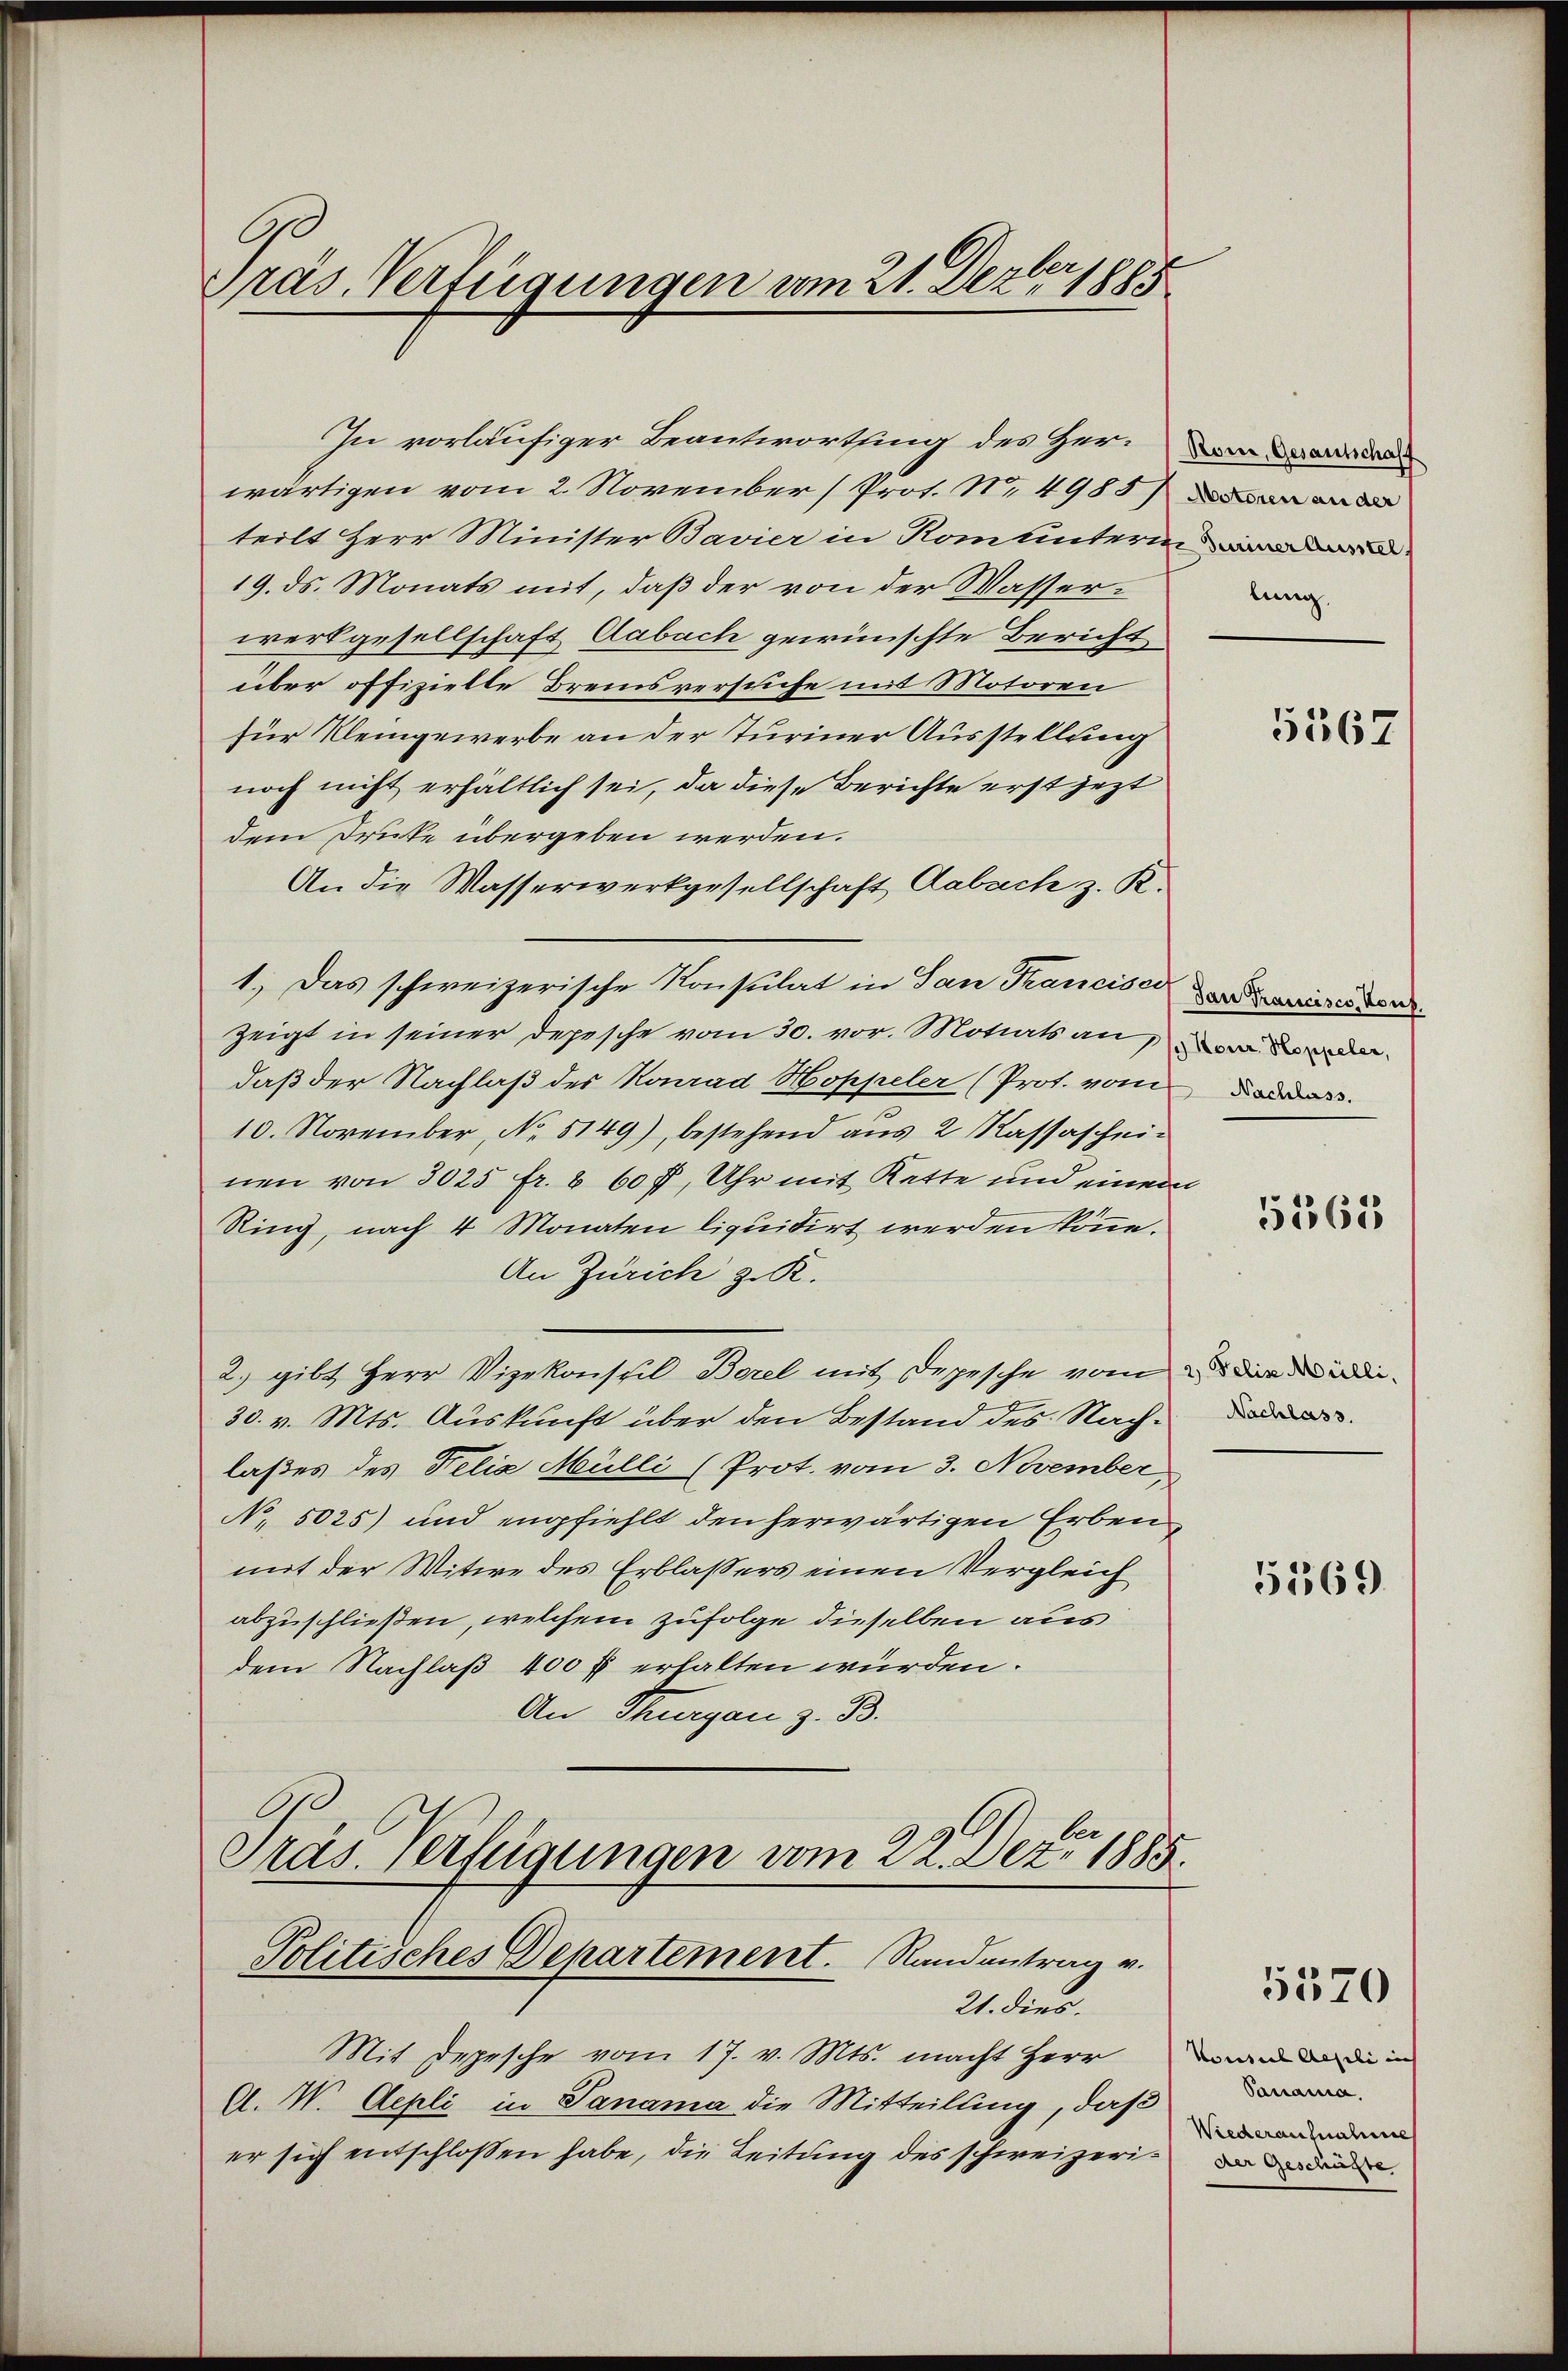
Präs. Verfügungen vom 21. Dezbr 1885

In vorläufiger Beantwortung des Herwärtigen vom 2. November (Prot. N. 4985)
teilt Herr Minister Bavier in Rom unterin
19. ds. Monats mit, daß der von der Wasserwerkgesellschaft Aabach gewünschte Bericht
über offizielte Bremsversuche mit Motoren
für Kleingewerbe an der Turiner Ausstellung
noch nicht erhältlich sei, da diese Berichte erst jetzt
dem Druke übergeben werden.
An die Wasserwerkgesellschaft Aabach z. R.
1.) Das schweizerische Konsulat in San Francise an die den
zeigt in seiner Depesche vom 30. vor. Motiats an, wiede
daß der Nachlaß des Konrad Hoppeler (Prot. vom Bauer
10. November, No. 5149), bestehend aus 2 Kassaschei-
nen von 3025 fr. 6 60 f, Uhr mit Katte und einen
Ring, nach 4 Monaten liquidirt werden könne.
An Zürich z. K.
2. gibt Herr Vizekonsul Borel mit Depesche vom
30. v. Mts. Auskunft über den Bestand des Nachlaßes des Felix Mülli (Prot. vom 3. November
No. 5025) und empfiehlt den herwärtigen Erben
mit der Witwe des Erblassers einen Vergleich
abzuschließen, welchem zufolge dieselben aus
dem Nachlaß 400 fl erhalten würden.
An Thurgau z. B.
Präs. Verfügungen vom 22. Dez. 1883
Politisches Departement. Randantrag v.
21. dies.
Mit Depesche vom 17. v. Mts. macht Herr
A. W. Aepli in Panama die Mitteilung, daß
er sich entschlossen habe, die Leitung des schweizerin der deren.

Rom, Gesantschaff
Motoren an der
lung.

t

s

5567

5563

2 Felix Mülli.
Nachlass.

5569

5570

Cocosich Abseli in
Vanama.
Wiederaufnahme